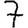
Digit: 7